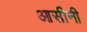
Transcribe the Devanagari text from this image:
आसीनी